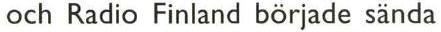
och Radio Finland började sända